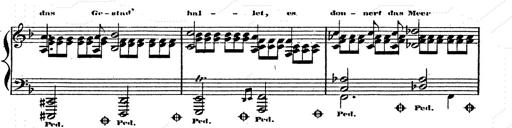
Title: Franz Schuberts geistliche Lieder
Composer: Franz Liszt